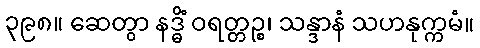
၃၉၈။ ဆေတွာ နဒ္ဓိံ ဝရတ္တဉ္စ၊ သန္ဒာနံ သဟနုက္ကမံ။